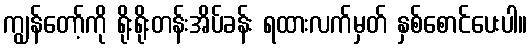
ကျွန်တော့်ကို ရိုးရိုးတန်းအိပ်ခန်း ရထားလက်မှတ် နှစ်စောင်ပေးပါ။